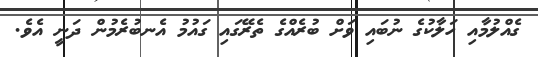
ގެއްލުމާއި ހަލާކުގެ ނުބައި ވަށް ބުރެއްގެ ތެރޭގައި ގައުމު އެނބުރެމުން ދަނީ އެވެ.